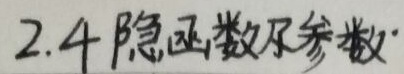
2.4 隐函数及参数